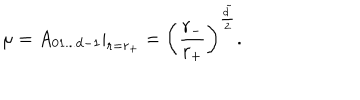
\mu = A _ { 0 1 . . . d - 1 } | _ { r = r _ { + } } = \left( \frac { r _ { - } } { r _ { + } } \right) ^ { \frac { \tilde { d } } { 2 } } .